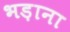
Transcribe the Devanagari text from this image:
भड़ाना